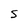
Character: 5